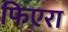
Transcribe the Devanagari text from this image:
फिएरा